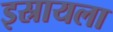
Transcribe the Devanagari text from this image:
इस्रायला